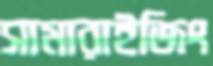
সামারাইজিং